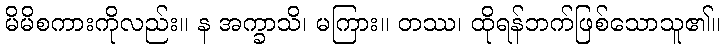
မိမိစကားကိုလည်း။ န အက္ခာသိ၊ မကြား။ တဿ၊ ထိုရန်ဘက်ဖြစ်သောသူ၏။